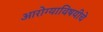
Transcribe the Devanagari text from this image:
आरोग्याविषयीचे